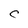
Character: C